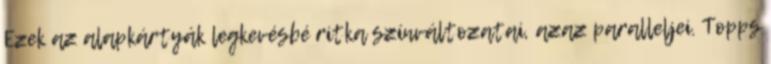
Ezek az alapkártyák legkevésbé ritka színváltozatai, azaz paralleljei. Topps